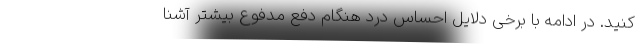
کنید. در ادامه با برخی دلایل احساس درد هنگام دفع مدفوع بیشتر آشنا